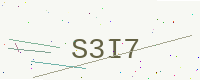
Text: S3I7